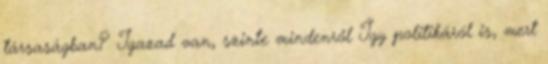
társaságban? Igazad van, szinte mindenről Így politikáról is, mert